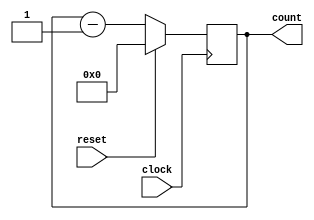
`timescale 1ns / 1ps
//////////////////////////////////////////////////////////////////////////////////
// Company: 
// Engineer: 
// 
// Create Date: 
// Design Name: 
// Module Name: down_counter
// Project Name: 
// Target Devices: 
// Tool Versions: 
// Description: 
// 
// Dependencies: 
// 
// Revision:
// Revision 0.01 - File Created
// Additional Comments:
// 
//////////////////////////////////////////////////////////////////////////////////




module downcounter(clock,count,reset);
 output reg[3:0]count;
 input clock,reset;
 always @ (posedge clock) begin
  if (reset)
   count<=4'b0;
  else 
    count<=count-1;
end
endmodule